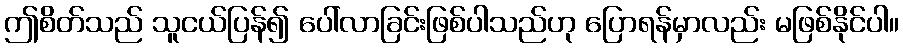
ဤစိတ်သည် သူငယ်ပြန်၍ ပေါ်လာခြင်းဖြစ်ပါသည်ဟု ပြောရန်မှာလည်း မဖြစ်နိုင်ပါ။